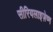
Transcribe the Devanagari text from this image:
सीरियलाइज़ेष्ण